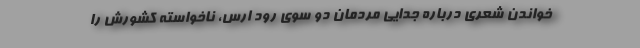
خواندن شعری درباره جدایی مردمان دو سوی رود ارس، ناخواسته کشورش را